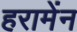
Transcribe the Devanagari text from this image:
हरामेंन